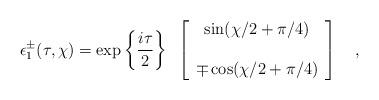
LaTeX: \begin{align*}\epsilon^{\pm}_1(\tau,\chi) =\exp\left\{{i\tau \over 2}\right\}~\left[ \begin{array} {c}\sin(\chi/2+\pi/4)\\ \\\mp\cos(\chi/2+\pi/4)\end{array}\right]~~~,\end{align*}